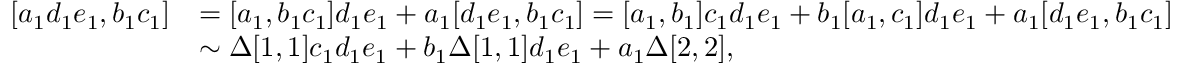
\begin{array} { r l } { \left[ a _ { 1 } d _ { 1 } e _ { 1 } , b _ { 1 } c _ { 1 } \right] } & { = [ a _ { 1 } , b _ { 1 } c _ { 1 } ] d _ { 1 } e _ { 1 } + a _ { 1 } [ d _ { 1 } e _ { 1 } , b _ { 1 } c _ { 1 } ] = [ a _ { 1 } , b _ { 1 } ] c _ { 1 } d _ { 1 } e _ { 1 } + b _ { 1 } [ a _ { 1 } , c _ { 1 } ] d _ { 1 } e _ { 1 } + a _ { 1 } [ d _ { 1 } e _ { 1 } , b _ { 1 } c _ { 1 } ] } \\ & { \sim \Delta [ 1 , 1 ] c _ { 1 } d _ { 1 } e _ { 1 } + b _ { 1 } \Delta [ 1 , 1 ] d _ { 1 } e _ { 1 } + a _ { 1 } \Delta [ 2 , 2 ] , } \end{array}